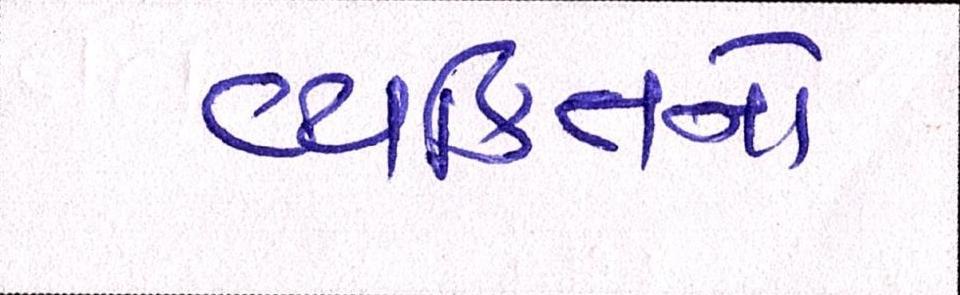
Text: વ્યક્તિનો